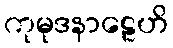
ကုမုဒနာဠေဟိ